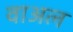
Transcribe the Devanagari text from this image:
वाअल